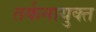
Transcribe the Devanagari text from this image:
तर्कनायुक्त